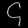
Digit: ၄